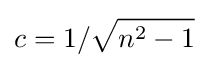
c=1/{\sqrt {n^{2}-1}}